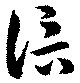
信